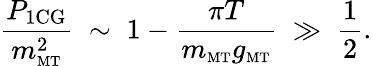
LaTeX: \frac{P_{\mathrm{1CG}}}{m_{\mathrm{\scriptscriptstyle{MT}}}^{2}}\; \sim\; 1-\frac{\pi T}{m_{\mathrm{\scriptscriptstyle{MT}}}g_{\mathrm{\scriptscriptstyle{MT}}}}\; \gg\; \frac{1}{2}.